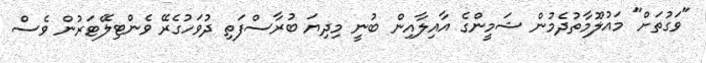
"ވަގުތަށް" މައުލޫމާތުދެމުން ޝަމީންގެ އާއިލާއިން ބުނީ މިދިޔަ ބުރާސްފަތި ދުވަހުގެރޭ ވެންޓިލޭޓަރުން ވެސް